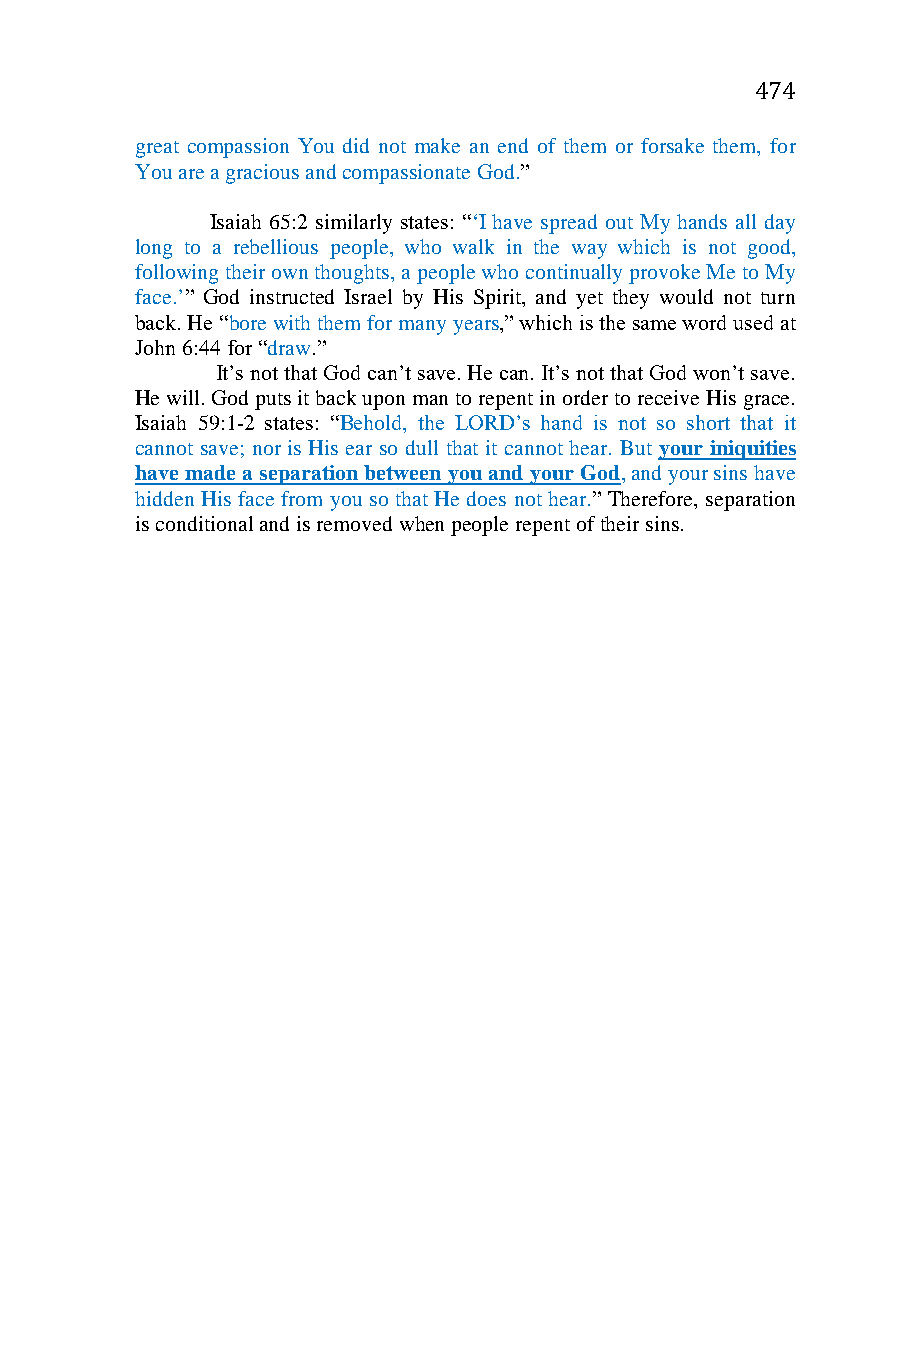
474
 great compassion You did not make an end of them or forsake them, for
 You are a gracious and compassionate God.”
 Isaiah 65:2 similarly states: “‘I have spread out My hands all day
 long to a rebellious people, who walk in the way which is not good,
 following their own thoughts, a people who continually provoke Me to My
 face.’” God instructed Israel by His Spirit, and yet they would not turn
 back. He “bore with them for many years,” which is the same word used at
 John 6:44 for “draw.”
 It’s not that God can’t save. He can. It’s not that God won’t save.
 He will. God puts it back upon man to repent in order to receive His grace.
 Isaiah 59:1-2 states: “Behold, the LORD’s hand is not so short that it
 cannot save; nor is His ear so dull that it cannot hear. But your iniquities
 have made a separation between you and your God, and your sins have
 hidden His face from you so that He does not hear.” Therefore, separation
 is conditional and is removed when people repent of their sins.